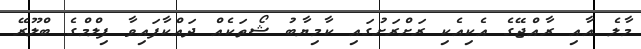
މާލެ އާއި ރާއްޖޭގެ އެކިއެކި ރަށްރަށުގައި ކާމިޔާބު ޝޯތަކެއް ދައްކާފައިވާ ފިލްމްގެ ބްލޫރޭ